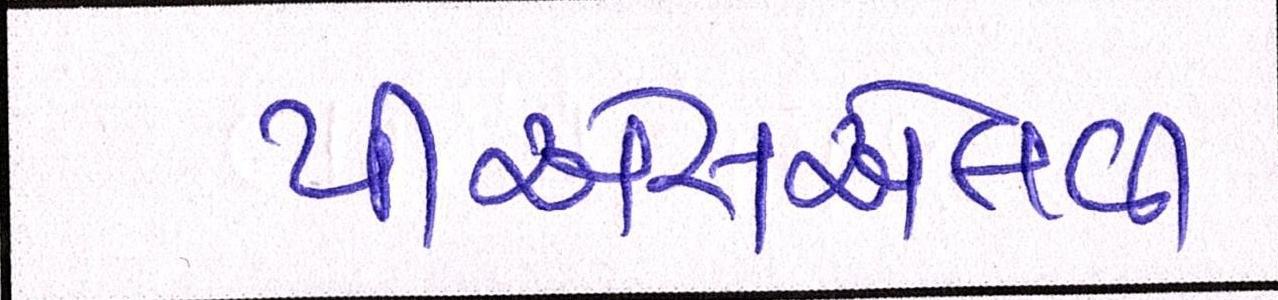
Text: પીએસએલવી